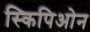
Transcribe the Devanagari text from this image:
स्किपिओन